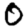
Digit: 0